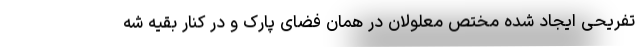
تفریحی ایجاد شده مختص معلولان در همان فضای پارک و در کنار بقیه شه